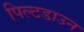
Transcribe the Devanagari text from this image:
पिल्टडाउन